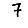
Digit: 7